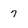
Character: 7